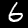
Digit: 6